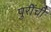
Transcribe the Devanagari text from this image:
पुरींची